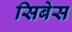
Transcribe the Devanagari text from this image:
सिबेस